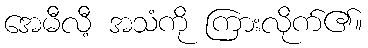
အေမီလီ့ အသံကို ကြားလိုက်၏။